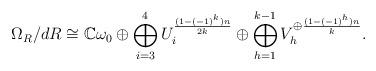
LaTeX: \begin{align*} \Omega_R/dR \cong \mathbb{C} \omega_0 \oplus \bigoplus_{i=3}^{4} U_i^{\frac{(1-(-1)^k)n}{2k} } \oplus \bigoplus_{h=1}^{k-1} V_{h}^{\oplus \frac{(1-(-1)^h)n}{k}}. \end{align*}